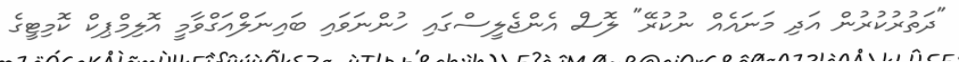
"ދަތުރުކުރުން އަދި މަނައެއް ނުކުރޭ" ލޮސް އެންޖެލީސްގައި ހުންނަވައި ބައިނަލްއަގްވާމީ އޮލިމްޕިކް ކޮމިޓީގެ